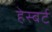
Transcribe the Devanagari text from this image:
हेस्बर्ट